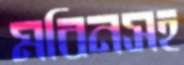
মবিনসহ